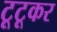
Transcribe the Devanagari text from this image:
टूटूकर